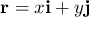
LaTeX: \mathbf { r } = x \mathbf { i } + y \mathbf { j }